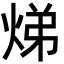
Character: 焍